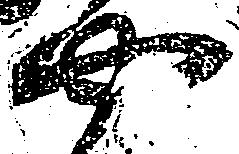
や